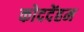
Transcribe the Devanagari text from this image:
कोददेंहम